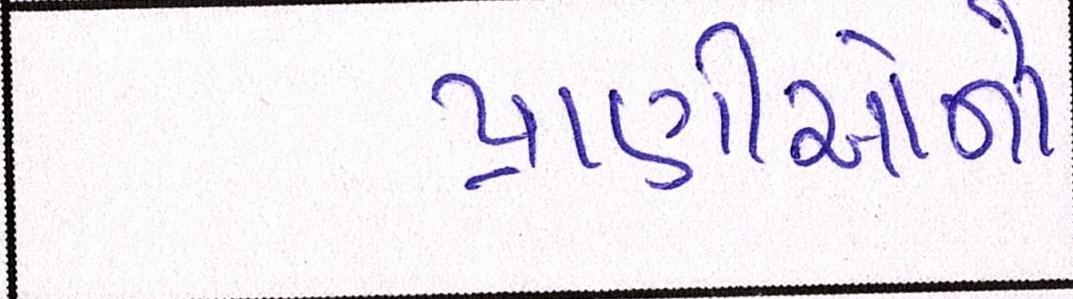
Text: પ્રાણીઓનો